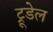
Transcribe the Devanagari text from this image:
ट्रूडेल